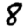
Digit: 8